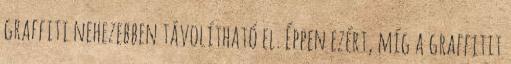
graffiti nehezebben távolítható el. Éppen ezért, míg a graffitit